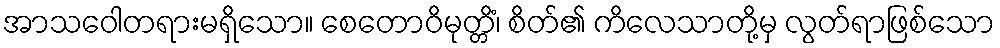
အာသဝေါတရားမရှိသော။ စေတောဝိမုတ္တိံ၊ စိတ်၏ ကိလေသာတို့မှ လွတ်ရာဖြစ်သော